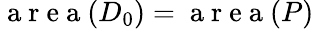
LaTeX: {\mathrm{~a~r~e~a~}(D_{0})=\mathrm{~a~r~e~a~}(P)}